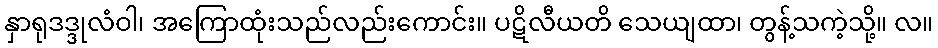
နှာရုဒဒ္ဒုလံဝါ၊ အကြောထုံးသည်လည်းကောင်း။ ပဋိလီယတိ သေယျထာ၊ တွန့်သကဲ့သို့။ လ။